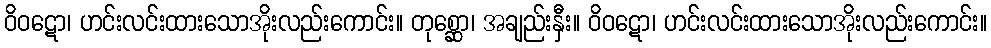
ဝိဝဋော၊ ဟင်းလင်းထားသောအိုးလည်းကောင်း။ တုစ္ဆော၊ အချည်းနှီး။ ဝိဝဋော၊ ဟင်းလင်းထားသောအိုးလည်းကောင်း။